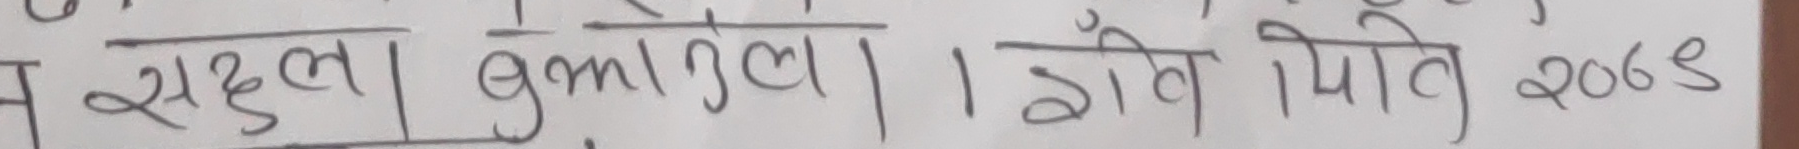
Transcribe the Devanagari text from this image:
न सद्धल। बुलालेल। । होवे पिति २०६८